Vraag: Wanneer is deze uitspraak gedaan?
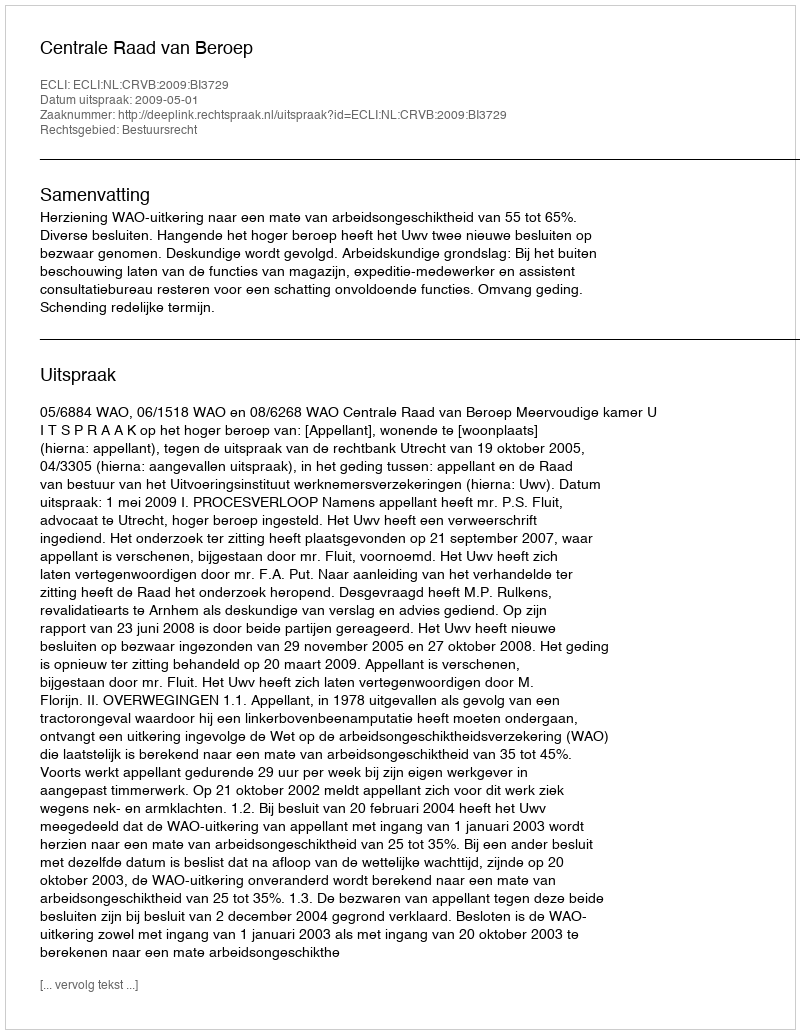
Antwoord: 2009-05-01